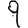
Digit: 9